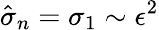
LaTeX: \hat{\sigma}_{n}=\sigma_{1}\sim\epsilon^{2}